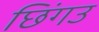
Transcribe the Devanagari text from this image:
छिंगउ